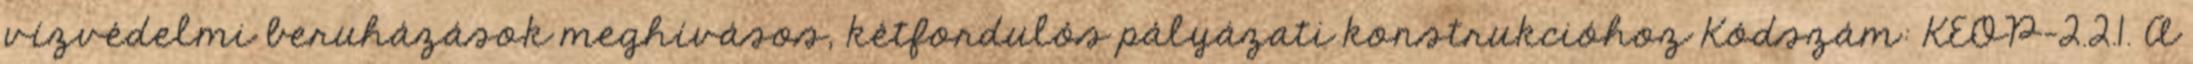
vízvédelmi beruházások meghívásos, kétfordulós pályázati konstrukcióhoz Kódszám: KEOP-2.2.1. A